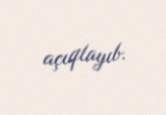
açıqlayıb.